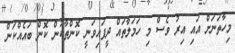
މިހާތަނަށް އައި އިރު ވެސް މި ހަމަލާތައް ދީފައިވަނީ ކޮންތާކުން ކޮން ބައެއްކަން